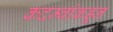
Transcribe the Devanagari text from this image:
कदम्बांकडून